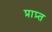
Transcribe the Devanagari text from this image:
प्राप्र्त